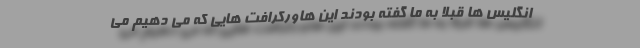
انگلیس ها قبلاً به ما گفته بودند این هاورکرافت هایی که می دهیم می